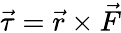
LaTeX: {\vec{\tau}}={\vec{r}}\times{\vec{F}}